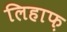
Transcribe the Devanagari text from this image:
लिहाफ़